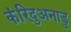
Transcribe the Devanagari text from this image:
कंरिदुअनाडु